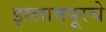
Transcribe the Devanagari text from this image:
इस्लामपूरचे